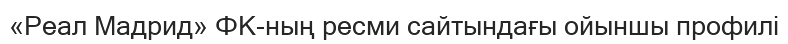
«Реал Мадрид» ФК-ның ресми сайтындағы ойыншы профилі